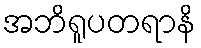
အဘိရူပတရာနိ